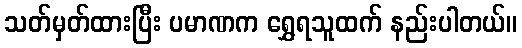
သတ်မှတ်ထားပြီး ပမာဏက ရွှေရသူထက် နည်းပါတယ်။